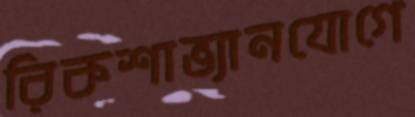
রিকশাভ্যানযোগে